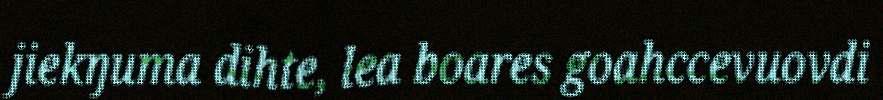
jiekŋuma dihte, lea boares goahccevuovdi